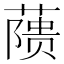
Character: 𬞘